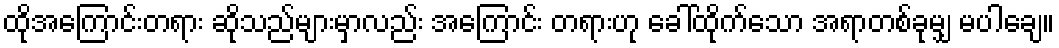
ထိုအကြောင်းတရား ဆိုသည်များမှာလည်း အကြောင်း တရားဟု ခေါ်ထိုက်သော အရာတစ်ခုမျှ မပါချေ။